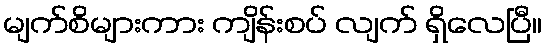
မျက်စိများကား ကျိန်းစပ် လျက် ရှိလေပြီ။